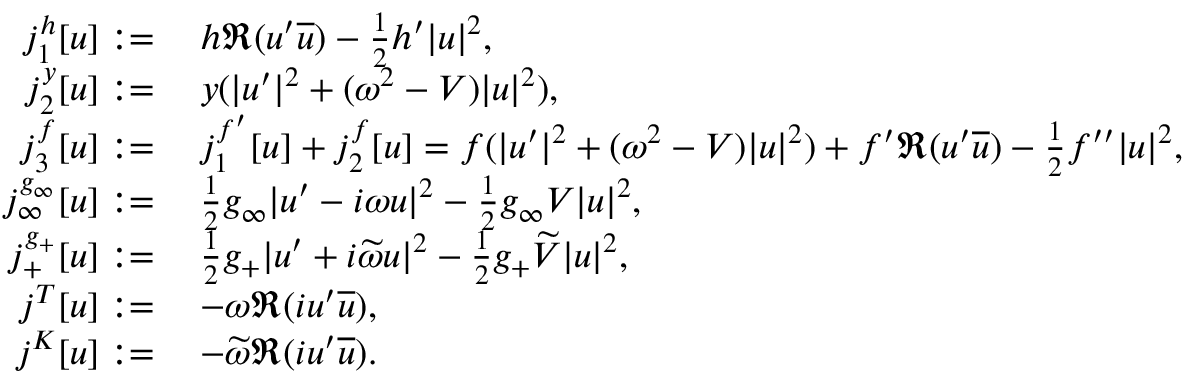
\begin{array} { r l } { j _ { 1 } ^ { h } [ u ] : = } & { \: h \Re ( u ^ { \prime } \overline { { u } } ) - \frac { 1 } { 2 } h ^ { \prime } | u | ^ { 2 } , } \\ { j _ { 2 } ^ { y } [ u ] : = } & { \: y ( | u ^ { \prime } | ^ { 2 } + ( \omega ^ { 2 } - V ) | u | ^ { 2 } ) , } \\ { j _ { 3 } ^ { f } [ u ] : = } & { \: j _ { 1 } ^ { f ^ { \prime } } [ u ] + j _ { 2 } ^ { f } [ u ] = f ( | u ^ { \prime } | ^ { 2 } + ( \omega ^ { 2 } - V ) | u | ^ { 2 } ) + f ^ { \prime } \Re ( u ^ { \prime } \overline { { u } } ) - \frac { 1 } { 2 } f ^ { \prime \prime } | u | ^ { 2 } , } \\ { j _ { \infty } ^ { g _ { \infty } } [ u ] : = } & { \: \frac { 1 } { 2 } g _ { \infty } | u ^ { \prime } - i \omega u | ^ { 2 } - \frac { 1 } { 2 } g _ { \infty } V | u | ^ { 2 } , } \\ { j _ { + } ^ { g _ { + } } [ u ] : = } & { \: \frac { 1 } { 2 } g _ { + } | u ^ { \prime } + i \widetilde { \omega } u | ^ { 2 } - \frac { 1 } { 2 } g _ { + } \widetilde { V } | u | ^ { 2 } , } \\ { j ^ { T } [ u ] : = } & { \: - \omega \Re ( i u ^ { \prime } \overline { { u } } ) , } \\ { j ^ { K } [ u ] : = } & { \: - \widetilde { \omega } \Re ( i u ^ { \prime } \overline { { u } } ) . } \end{array}